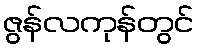
ဇွန်လကုန်တွင်